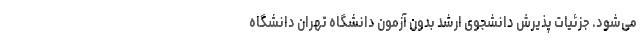
می‌شود. جزئیات پذیرش دانشجوی ارشد بدون آزمون دانشگاه تهران دانشگاه